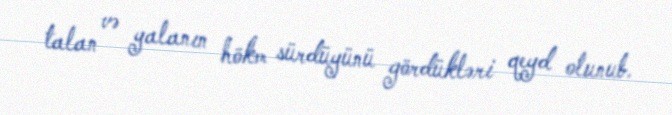
talan və yalanın hökm sürdüyünü gördükləri qeyd olunub.